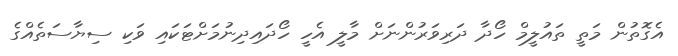
އެގޮތުން މަތީ ތައުލީމް ހޯދާ ދަރިވަރުންނަށް މާލީ އެހީ ހޯދައިދިނުމަށްޓަކައި ވަކި ސިޔާސަތެއްގެ